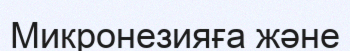
Микронезияға және